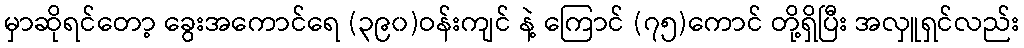
မှာဆိုရင်တော့ ခွေးအကောင်ရေ (၃၉၀)ဝန်းကျင် နဲ့ ကြောင် (၇၅)ကောင် တို့ရှိပြီး အလှူရှင်လည်း